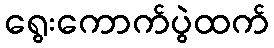
ရွေးကောက်ပွဲထက်